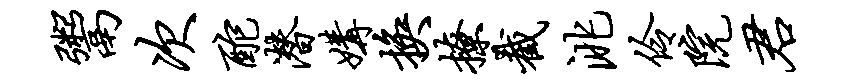
鬻次酡潜媾换撩截洮伶院君